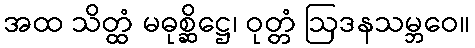
အထ သိတ္ထံ မဓုစ္ဆိဋ္ဌေ၊ ဝုတ္တံ ဩဒနသမ္ဘဝေ။